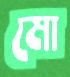
মো